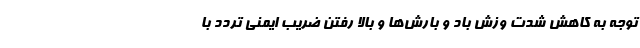
توجه به کاهش شدت وزش باد و بارش‌ها و بالا رفتن ضریب ایمنی تردد با